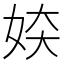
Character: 𫰜